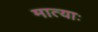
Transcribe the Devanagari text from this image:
मात्याः